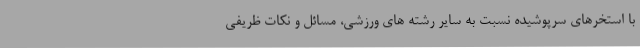
با استخرهای سرپوشیده نسبت به سایر رشته های ورزشی، مسائل و نکات ظریفی